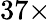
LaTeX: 37\times